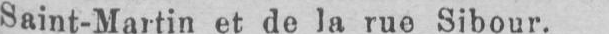
Saint-Martin et de la rue Sibour.